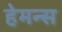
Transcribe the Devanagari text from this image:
हेमन्स